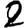
Digit: 2